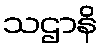
သဌာနိ